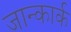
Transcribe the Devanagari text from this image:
जान्कार्क